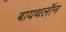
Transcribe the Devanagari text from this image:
बायथलॉन